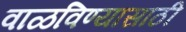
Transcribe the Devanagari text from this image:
वाळविण्यासाठी